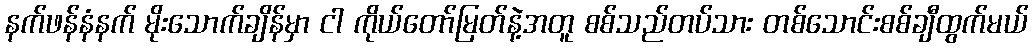
နက်ဖန်နံနက် မိုးသောက်ချိန်မှာ ငါ ကိုယ်တော်မြတ်နဲ့အတူ စစ်သည်တပ်သား တစ်သောင်းစစ်ချီထွက်မယ်